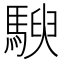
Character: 𱄤